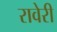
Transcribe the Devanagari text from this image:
रावेरी